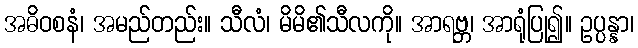
အဓိဝစနံ၊ အမည်တည်း။ သီလံ၊ မိမိ၏သီလကို။ အာရဗ္ဘ၊ အာရုံပြု၍။ ဥပ္ပန္နာ၊